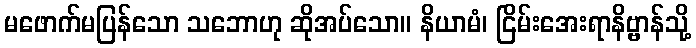
မဖောက်မပြန်သော သဘောဟု ဆိုအပ်သော။ နိယာမံ၊ ငြိမ်းအေးရာနိဗ္ဗာန်သို့